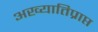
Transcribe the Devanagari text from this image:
अख्यातिप्राप्त